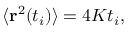
\langle \mathbf { r } ^ { 2 } ( t _ { i } ) \rangle = 4 K t _ { i } ,